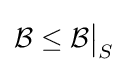
{\mathcal {B}}\leq {\mathcal {B}}{\big \vert }_{S}